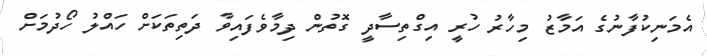
އެމަނިކުފާނުގެ އަމާޒު މިހާރު ހުރީ އިގްތިސާދީ ގޮތުން ދިމާވެފައިވާ ދަތިތަކަށް ހައްލު ހޯދުމަށް